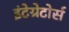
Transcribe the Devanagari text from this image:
इंटेग्रेटोर्स